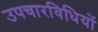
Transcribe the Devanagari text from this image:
उपचारविधियों